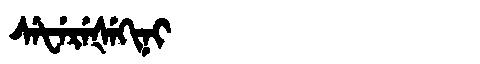
Manchu: ᠰᡝᡶᡝᡵᡝᡧᡝᡴᡳᠨᡳ
Romanization: SEFEREŠEKINI